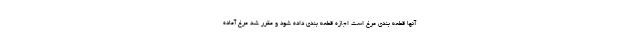
آنها قطعه بندی مرغ است اجازه قطعه بندی داده شود و مقرر شد مرغ آماده